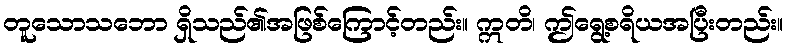
တူသောသဘော ရှိသည်၏အဖြစ်ကြောင့်တည်း။ ဣတိ၊ ဤရွေ့စရိယအပြီးတည်း။